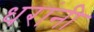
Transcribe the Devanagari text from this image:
धरांनी